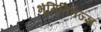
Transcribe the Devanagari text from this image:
भूमितितज्ज्ञ